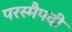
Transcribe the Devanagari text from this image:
परस्मैपदी